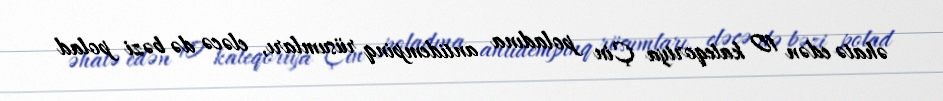
əhatə edən 10 kateqoriya Çin poladına antidempinq rüsumları, eləcə də bəzi polad